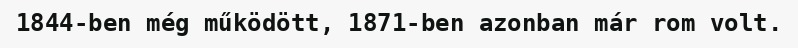
1844-ben még működött, 1871-ben azonban már rom volt.